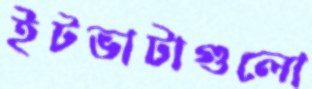
ইটভাটাগুলো